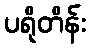
ပရိုတိန်း